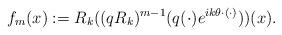
LaTeX: \begin{align*} f_m(x) := R_k((q R_k)^{m-1}(q(\cdot) e^{ik\theta \cdot (\cdot)})) (x).\end{align*}